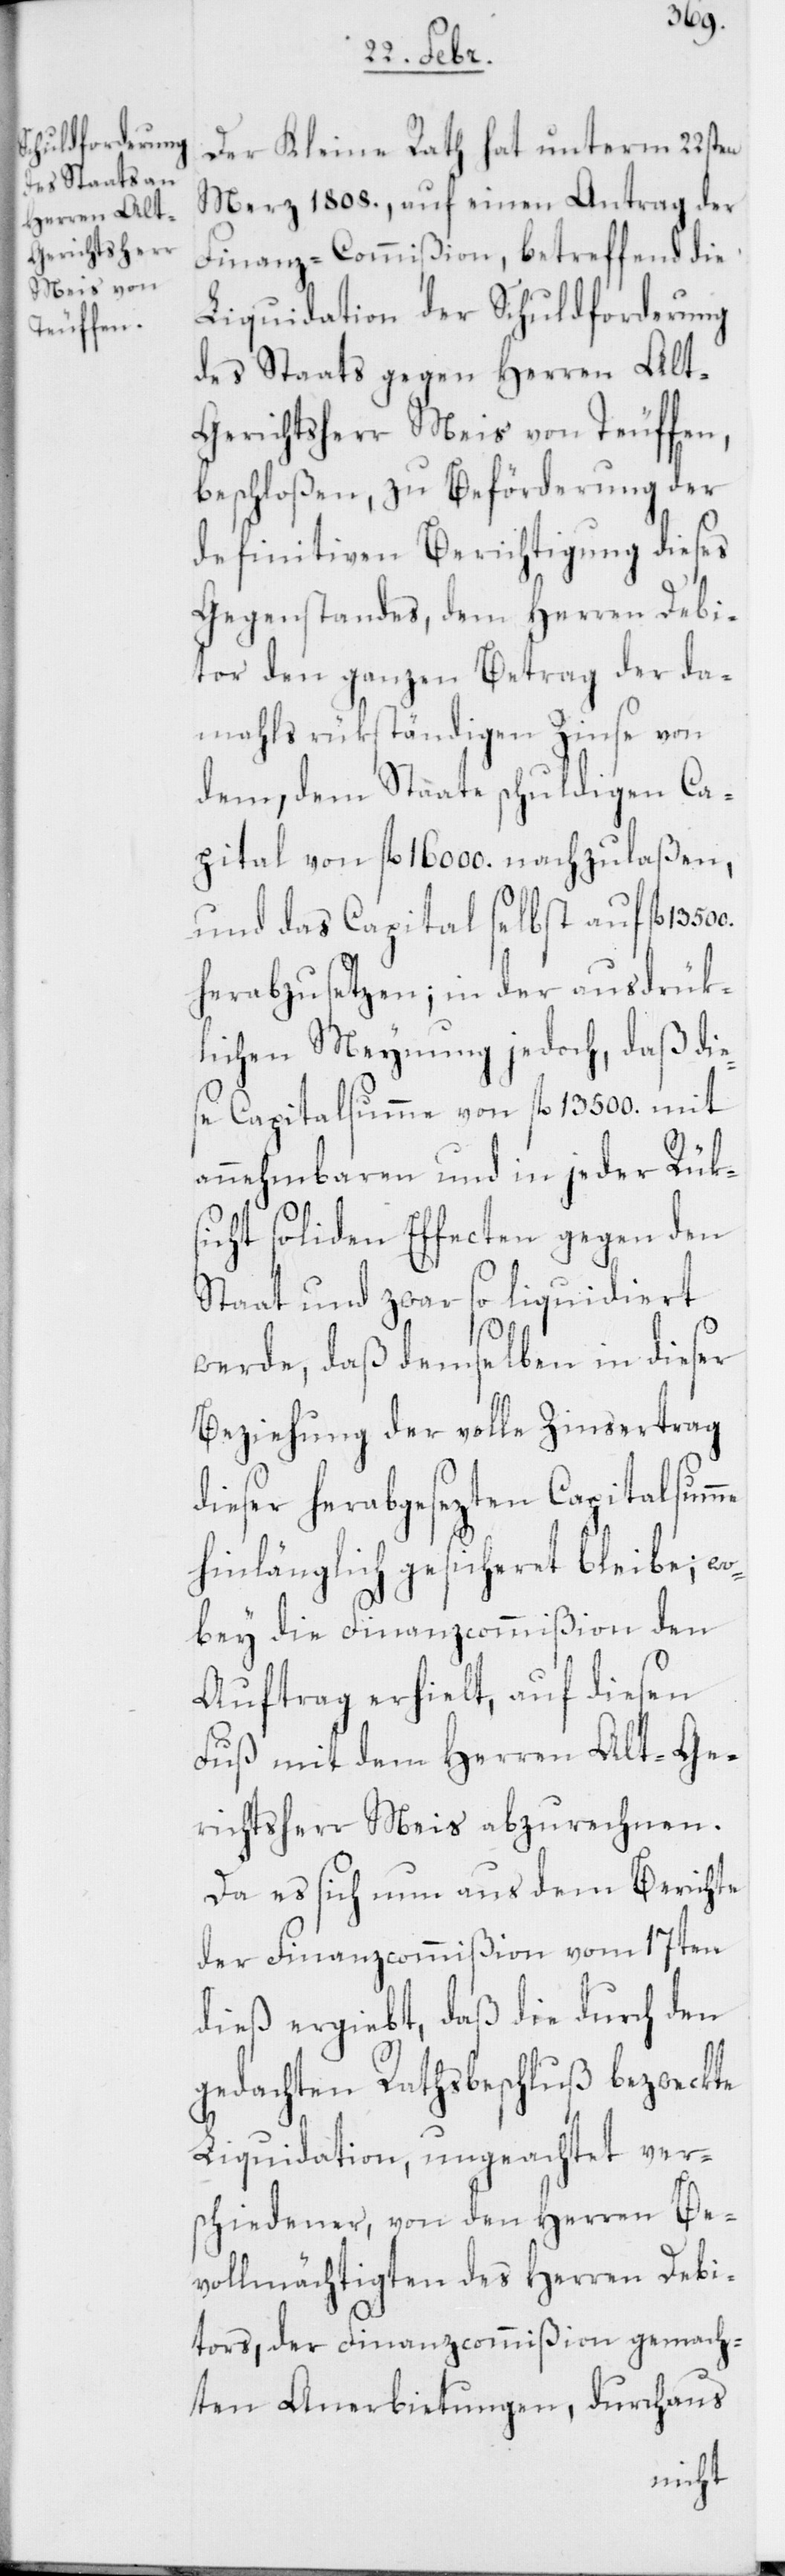
500.
Der Kleine Rath hat unterm 22sten
Merz 1808., auf einen Antrag der
Finanz-Commißion, betreffend die
Liquidation der Schuldforderung
des Staats gegen Herren Alt-G¬
erichtsherr Meis von Teuffen,
beschloßen, zu Beförderung der
definitiven Berichtigung dieses
Gegenstandes, dem Herren Debi¬
tor den ganzen Betrag der da¬
mahls rükständigen Zinse von
dem, dem Staate schuldigen Ca¬
pital von fl. 16 000. nachzulaßen,
und das Capital selbst auf fl.
herabzusetzen; in der ausdrük¬
lichen Meynung jedoch, daß die¬
se Capitalsumme von fl. 13 500. mit
annehmbaren und in jeder Rük¬
sicht soliden Effecten gegen den
Staat und zwar so liquidiert
werde, daß demselben in dieser
Beziehung der volle Zinsertrag
dieser herabgesezten Capitalsumme
hinlänglich gesicheret bleibe; wo¬
bey die Finanzcommißion den
Auftrag erhielt, auf diesen
Fuß mit dem Herren Alt-Ge¬
richtsherr Meis abzurechnen.
Da es sich nun aus dem Berichte
der Finanzcommißion vom 17ten
dieß ergiebt, daß die durch den
gedachten Rathsbeschluß bezwekte
Liquidation, ungeachtet ver¬
schiedener, von den Herren Be¬
vollmächtigten des Herren Debi¬
tors, der Finanzcommißion gemach¬
ten Anerbietungen, durchaus